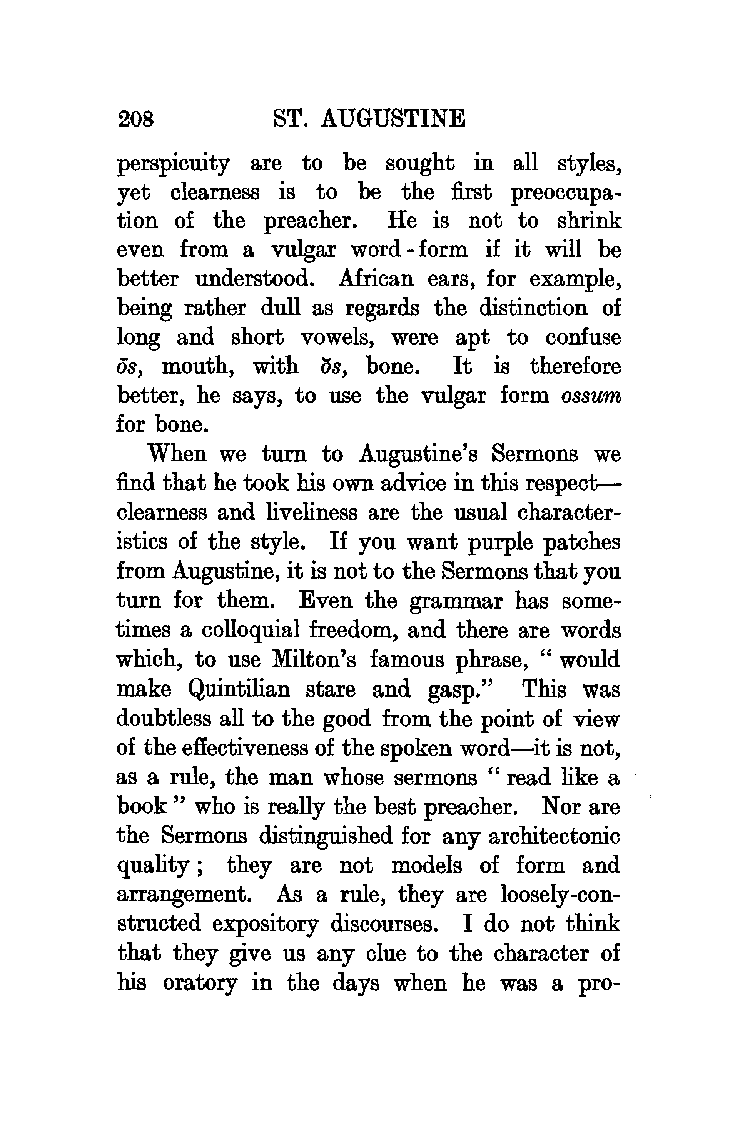
208       ST. AUGUSTINE
 perspicuity are to be sought in all styles,
 yet clearness is to be the first preoccupa
 tion of the preacher. He is not to shrink
 even from a vulgar word -form if it will be
 better understood. African ears, for example,
 being rather dull as regards the distinction of
 long and short vowels, were apt to confuse
 os,          os,
 mouth, with  bone. It is therefore
 better, he says, to use the vulgar form ossum
 for bone.
 When we turn to Augustine's Sermons we
 find that he took his own advice in this respect
 clearness and liveliness are the usual character
 istics of the style. If you want purple patches
 from Augustine, it is not to the Sermons that you
 turn for them. Even the grammar has some
 times a colloquial freedom, and there are words
 which, to use Milton's famous phrase, "would
 make Quintilian stare and gasp." This was
 doubtless all to the good from the point of view
 of the effectiveness of the spoken word-it is not,
 as a rule, the man whose sermons " read like a
 book" who is really the best preacher. Nor are
 the Sermons distinguished for any architectonic
 quality; they are not models of form and
 arrangement. As a rule, they are loosely-con
 structed expository discourses. I do not think
 that they give us any clue to the character of
 his oratory in the days when he was a pro-